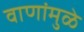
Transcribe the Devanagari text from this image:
वाणांमुळे